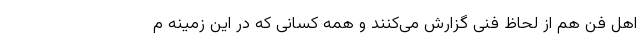
اهل فن هم از لحاظ فنی گزارش می‌کنند و همه کسانی که در این زمینه م